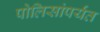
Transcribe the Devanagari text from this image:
पोलिसांपर्यंत